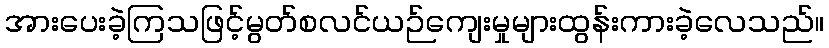
အားပေးခဲ့ကြသဖြင့်မွတ်စလင်ယဉ်ကျေးမှုများထွန်းကားခဲ့လေသည်။